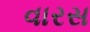
વારસ